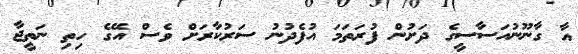
އާ ގާނޫނުއަސާސީގެ ދަށުން ފުރަތަމަ އުފެދުނު ސަރުކާރަށް ވެސް އޭގެ ހިތި ނަތީޖާ